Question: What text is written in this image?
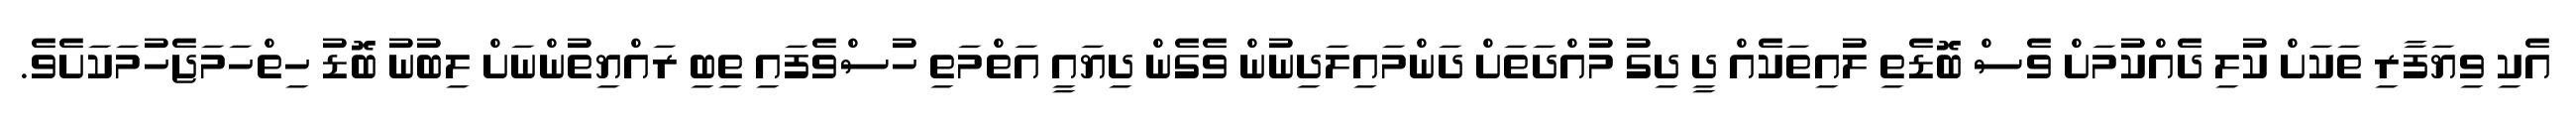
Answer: އެކި ވިޔަފާރި ތަކަށް ކުލި ދެއްކުމަށް ވެސް ބޮޑެތި ލުއިތަކެއް ދީ ދިގު މުއްދަތަށް ދަންމައިލަދިނުން ވެގެން ދިޔައީ އަތްމަތި ހުސްވެފައި ތިބި ރައްޔިތުންނަށް ލިބުނު ބޮޑު ހިތްހަމަޖެހުމަކަށެވެ.